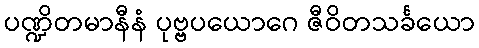
ပဏ္ဍိတမာနီနံ ပုဗ္ဗပယောဂေ ဇီဝိတသင်္ခယော